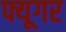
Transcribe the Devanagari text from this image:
फ्यूगर